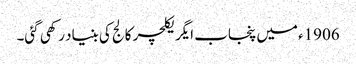
1906ء میں پنجاب ایگریکلچر کالج کی بنیاد رکھی گئی۔